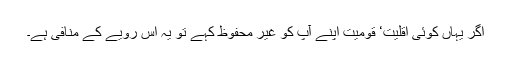
اگر یہاں کوئی اقلیت‘ قومیت اپنے آپ کو غیر محفوظ کہے تو یہ اس رویے کے منافی ہے۔